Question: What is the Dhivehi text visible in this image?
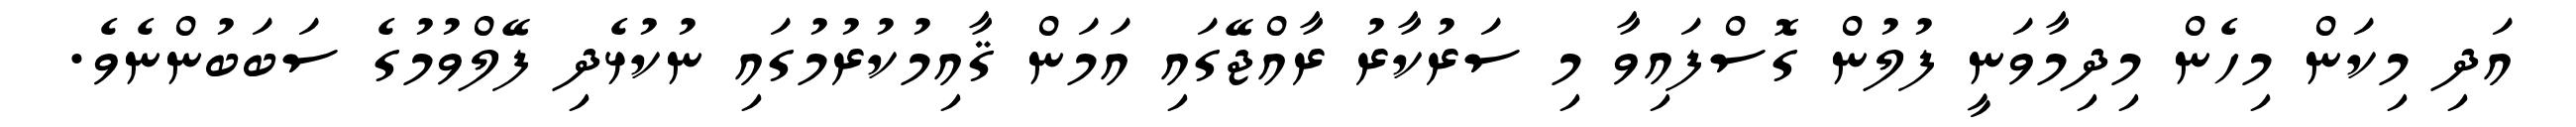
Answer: އަދި މިކަން މިހެން މިދިމާވަނީ ފުލުން ގޮސްފައިވާ މި ސަރުކާރު ރާއްޖޭގައި އަމަން ޤާއިމުކުރުމުގައި ނުކުޅެދި ފޭލްވުމުގެ ސަބަބުންނެވެ.